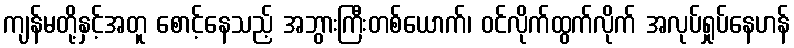
ကျန်မတို့နှင့်အတူ စောင့်နေသည့် အဘွားကြီးတစ်ယောက်၊ ဝင်လိုက်ထွက်လိုက် အလုပ်ရှုပ်နေဟန်